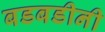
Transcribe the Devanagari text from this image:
बडबडीनी